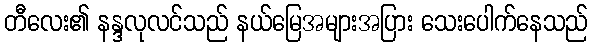
တီလေး၏ နန္ဒလုလင်သည် နယ်မြေအများအပြား သေးပေါက်နေသည်